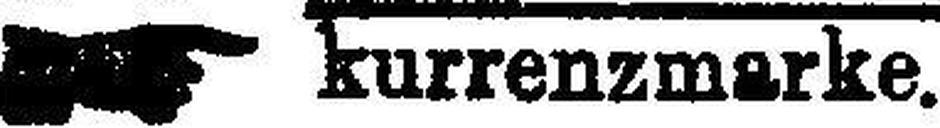
kurrenzmarke.